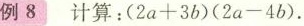
例 8 计算：$$(2a+3b) (2a-4b)$$.